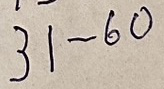
31 - 60